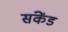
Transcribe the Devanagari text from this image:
संकेंड